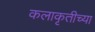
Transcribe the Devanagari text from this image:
कलाकृतीच्या